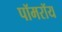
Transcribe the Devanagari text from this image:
पॉमरॉय